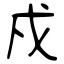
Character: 戍